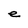
Character: e